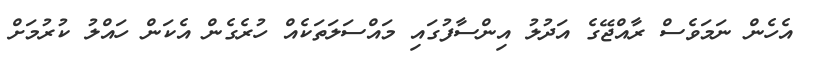
އެހެން ނަމަވެސް ރާއްޖޭގެ އަދުލު އިންސާފުގައި މައްސަލަތަކެއް ހުރެގެން އެކަން ހައްލު ކުރުމަށް